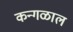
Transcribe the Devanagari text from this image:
कन्गळाल